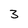
Character: 3